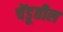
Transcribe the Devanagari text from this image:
चेंडूतील